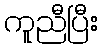
ကူညီပြီး